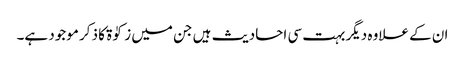
ان کے علاوہ دیگر بہت سی احادیث ہیں جن میں زکوٰۃ کا ذکر موجود ہے۔